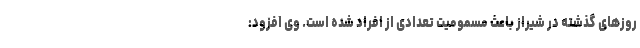
روزهای گذشته در شیراز باعث مسمومیت تعدادی از افراد شده است. وی افزود: